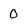
Character: 0